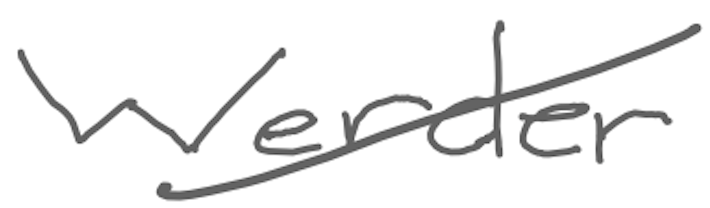
Text: Werder
Cross-out: diagonal
Writing tool: digital_gray